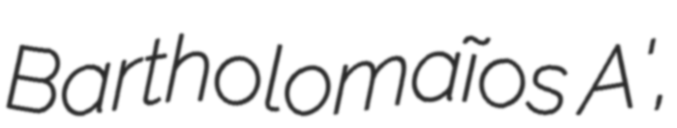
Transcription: Bartholomaĩos A',